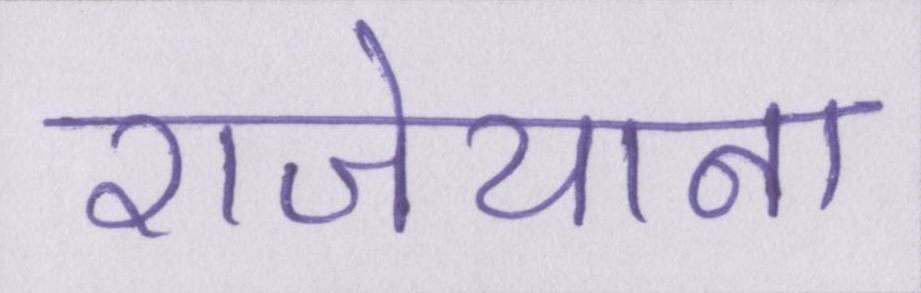
राजेयाना